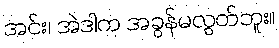
အင်း၊ အဲဒါက အခွန်မလွတ်ဘူး။